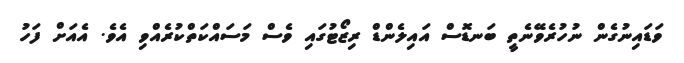
ވަޑައިނުގެން ނުހުރެވޭނެތީ ބަނޑޮސް އައިލެންޑް ރިޒޯޓުގައި ވެސް މަސައްކަތްކުރެއްވި އެވެ. އެއަށް ފަހު